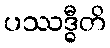
ပဿဒ္ဓီတိ